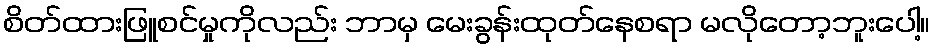
စိတ်ထားဖြူစင်မှုကိုလည်း ဘာမှ မေးခွန်းထုတ်နေစရာ မလိုတော့ဘူးပေါ့။